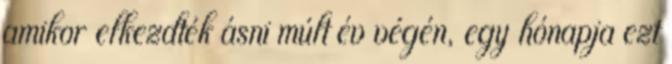
amikor elkezdték ásni múlt év végén, egy hónapja ezt